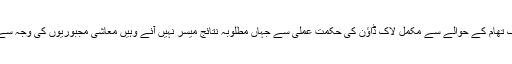
خطے کے دیگر ممالک کے تجربات سے یہ بات سامنے آئی ہے کہ کورونا کی روک تھام کے حوالے سے مکمل لاک ڈاؤن کی حکمت عملی سے جہاں مطلوبہ نتائج میسر نہیں آئے وہیں معاشی مجبوریوں کی وجہ سے لاک ڈاؤن اٹھانے کی بدولت کورونا کے پھیلاؤ اور اموات میں واضح اضافہ ہوا ہے۔